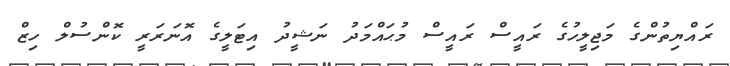
ރައްޔިތުންގެ މަޖިލީހުގެ ރައީސް ރައީސް މުޙައްމަދު ނަޝީދު އިޓަލީގެ އޮނަރަރީ ކޮންސުލް ހިޒް